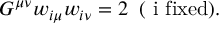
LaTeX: G ^ { \mu \nu } w _ { i \mu } w _ { i \nu } = 2 \; \; ( \mathrm { ~ i ~ f i x e d } ) .